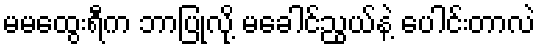
မမထွေးရီက ဘာပြုလို့ မခေါင်ညွယ်နဲ့ ပေါင်းတာလဲ